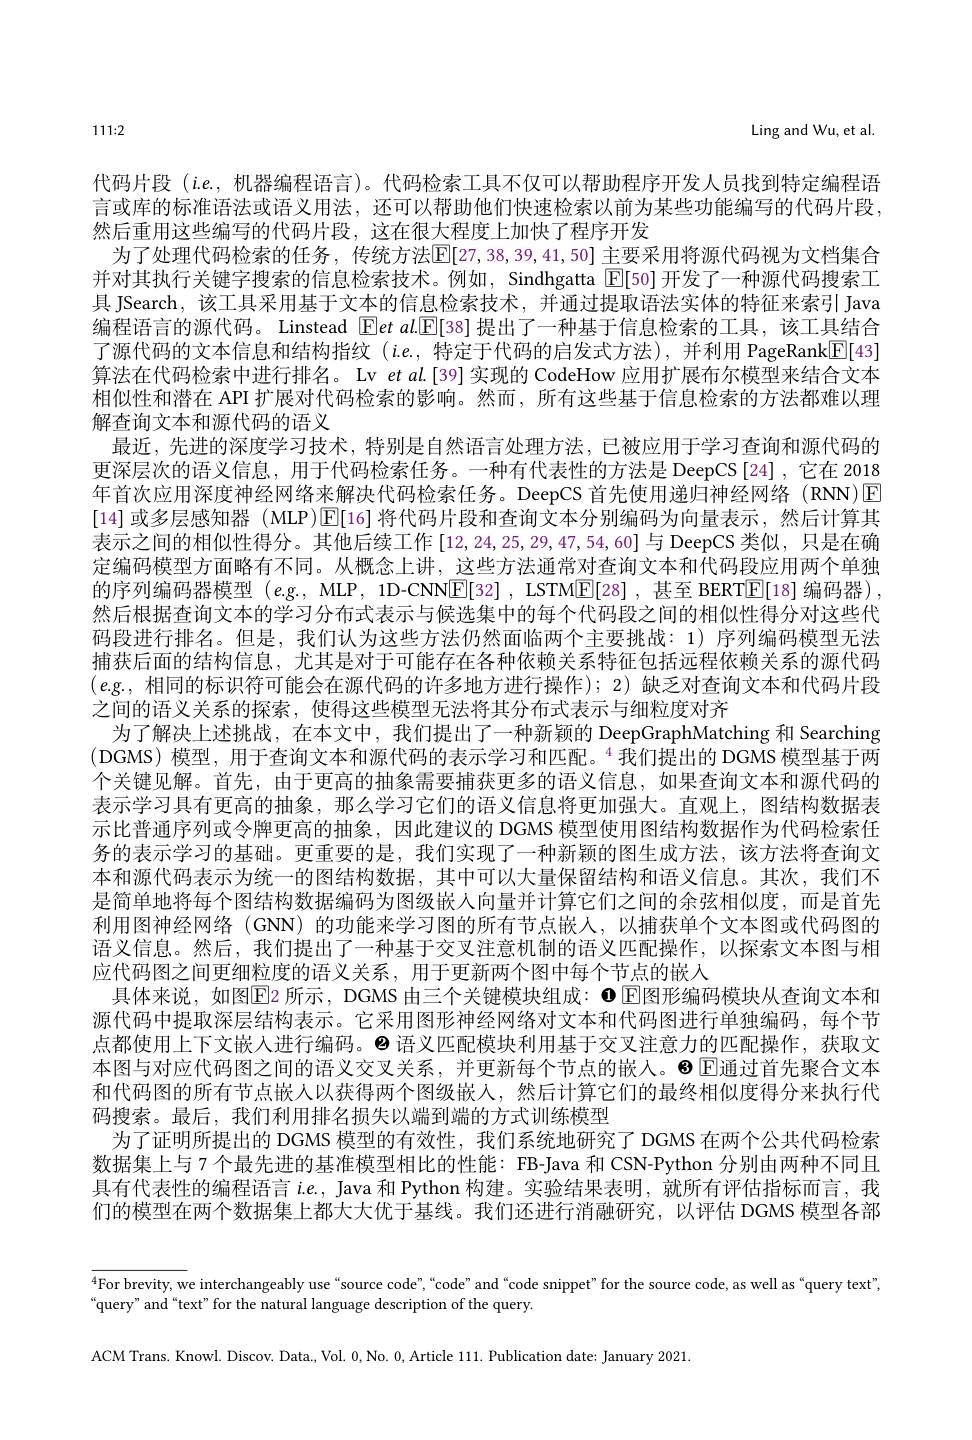
1111:2

Ling and Wu, et al.

代码片段$(i.e.$,机器编程语言)。代码检索工具不仅可以帮助程序开发人员找到特定编程语言或库的标准语法或语义用法，还可以帮助他们快速检索以前为某些功能编写的代码片段， 然后重用这些编写的代码片段，这在很大程度上加快了程序开发
为了处理代码检索的任务，传统方法$\mathbb{E}[27,38,39,41,50]$ 主要采用将源代码视为文档集合并对其执行关键字搜索的信息检索技术。例如，Sindhgatta $\mathbb{E}[50]$开发了一种源代码搜索工具 JSearch, 该工具采用基于文本的信息检索技术，并通过提取语法实体的特征来索引 Java 编程语言的源代码。Linstead $\operatorname { Eet} \textit{al. [ E[ 38] 提 出 了 一 种 基 于 信 息 检 索 的 工 具 , 该 工 具 结 合 }$ 了源代码的文本信息和结构指纹(i.e.,特定于代码的启发式方法),并利用 PageRank[E[43] 算法在代码检索中进行排名。Lv et al.[39]实现的 CodeHow 应用扩展布尔模型来结合文本相似性和潜在 API 扩展对代码检索的影响。然而，所有这些基于信息检索的方法都难以理解查询文本和源代码的语义
最近，先进的深度学习技术，特别是自然语言处理方法，已被应用于学习查询和源代码的更深层次的语义信息，用于代码检索任务。一种有代表性的方法是 DeepCS[24],它在 2018年首次应用深度神经网络来解决代码检索任务。DeepCS 首先使用递归神经网络(RNN)E [14]或多层感知器 (MLP)$\boxed{\mathbb{E}}[16]$将代码片段和查询文本分别编码为向量表示，然后计算其表示之间的相似性得分。其他后续工作[12,24,25,29,47,54,60]与 DeepCS 类似，只是在确定编码模型方面略有不同。从概念上讲，这些方法通常对查询文本和代码段应用两个单独的序列编码器模型$\left(e.\mathrm{g}.,\mathrm{~MLP},\mathrm{~1D-CNNE[32]~,~LSTM}\underline{\mathbb{E}[28]~,~}\text{甚至 BERT}\underline{\mathbb{E}[18]~}\text{编码器),}\right)$ 然后根据查询文本的学习分布式表示与候选集中的每个代码段之间的相似性得分对这些代码段进行排名。但是，我们认为这些方法仍然面临两个主要挑战：1)序列编码模型无法捕获后面的结构信息，尤其是对于可能存在各种依赖关系特征包括远程依赖关系的源代码$(e.$g.,相同的标识符可能会在源代码的许多地方进行操作);2)缺乏对查询文本和代码片段之间的语义关系的探索，使得这些模型无法将其分布式表示与细粒度对齐
为了解决上述挑战，在本文中，我们提出了一种新颖的 DeepGraphMatching 和 Searching (DGMS)模型，用于查询文本和源代码的表示学习和匹配。$^4$我们提出的 DGMS 模型基于两个关键见解。首先，由于更高的抽象需要捕获更多的语义信息，如果查询文本和源代码的表示学习具有更高的抽象，那么学习它们的语义信息将更加强大。直观上，图结构数据表示比普通序列或令牌更高的抽象，因此建议的 DGMS 模型使用图结构数据作为代码检索任务的表示学习的基础。更重要的是，我们实现了一种新颖的图生成方法，该方法将查询文本和源代码表示为统一的图结构数据，其中可以大量保留结构和语义信息。其次，我们不是简单地将每个图结构数据编码为图级嵌人向量并计算它们之间的余弦相似度，而是首先利用图神经网络 (GNN) 的功能来学习图的所有节点嵌人，以捕获单个文本图或代码图的语义信息。然后，我们提出了一种基于交叉注意机制的语义匹配操作，以探索文本图与相应代码图之间更细粒度的语义关系，用于更新两个图中每个节点的嵌入
具体来说，如图$\boxed{\mathrm{E}}$2 所示，DGMS 由三个关键模块组成：$\mathbf{0} \boxed{\mathrm{E} }$图形编码模块从查询文本和源代码中提取深层结构表示。它采用图形神经网络对文本和代码图进行单独编码，每个节点都使用上下文嵌人进行编码。◉语义匹配模块利用基于交叉注意力的匹配操作，获取文本图与对应代码图之间的语义交叉关系，并更新每个节点的嵌入。8 E通过首先聚合文本和代码图的所有节点嵌人以获得两个图级嵌人，然后计算它们的最终相似度得分来执行代码搜索。最后，我们利用排名损失以端到端的方式训练模型
为了证明所提出的 DGMS 模型的有效性，我们系统地研究了 DGMS 在两个公共代码检索数据集上与7 个最先进的基准模型相比的性能：FB-Java 和 CSN-Python 分别由两种不同且具有代表性的编程语言$i.e.$, Java 和 Python 构建。实验结果表明，就所有评估指标而言，我们的模型在两个数据集上都大大优于基线。我们还进行消融研究，以评估 DGMS 模型各部

$\overline{^{4}\text{For brevity, we interchangeably use“source code”,“code"and“code snippet”for the source code, as well as“query text",}}$

“query” and“text” for the natural language description of the query.

ACM Trans. Knowl. Discov. Data., Vol. 0,No. 0, Article 111. Publication date: January 2021.